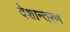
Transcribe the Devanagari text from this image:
देशान्तरण